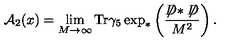
{ \cal A } _ { 2 } ( x ) = \lim _ { M \to \infty } \mathrm { T r } \gamma _ { 5 } \exp _ { * } \left( \frac { \not \! \! D * \not \! \! D } { M ^ { 2 } } \right) .